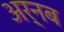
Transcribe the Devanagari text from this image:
अर्नब